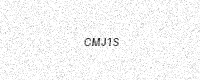
Text: CMJ1S